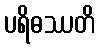
ပရိဓဿတိ